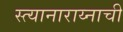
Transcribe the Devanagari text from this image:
स्त्यानाराय्नाची